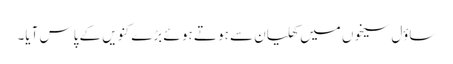
ساؤل سیخوں میں کھلیان سے ہو تے ہو ئے بڑے کنویں کے پاس آیا۔